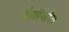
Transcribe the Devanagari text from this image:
वेणीथोरा